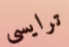
ترايسي